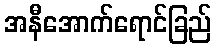
အနီအောက်ရောင်ခြည်